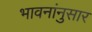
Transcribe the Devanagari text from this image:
भावनांनुसार